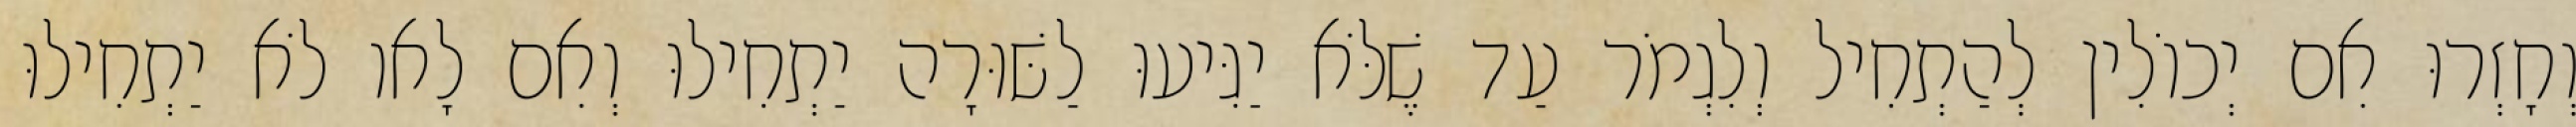
וְחָזְרוּ אִם יְכוֹלִין לְהַתְחִיל וְלִגְמֹר עַד שֶׁלֹּא יַגִּיעוּ לַשּׁוּרָה יַתְחִילוּ וְאִם לָאו לֹא יַתְחִילוּ